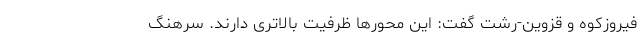
فیروزکوه و قزوین-رشت گفت: این محور‌ها ظرفیت بالاتری دارند. سرهنگ